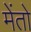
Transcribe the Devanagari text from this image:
मेंतो